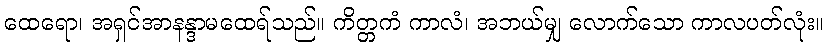
ထေရော၊ အရှင်အာနန္ဒာမထေရ်သည်။ ကိတ္တကံ ကာလံ၊ အဘယ်မျှ လောက်သော ကာလပတ်လုံး။